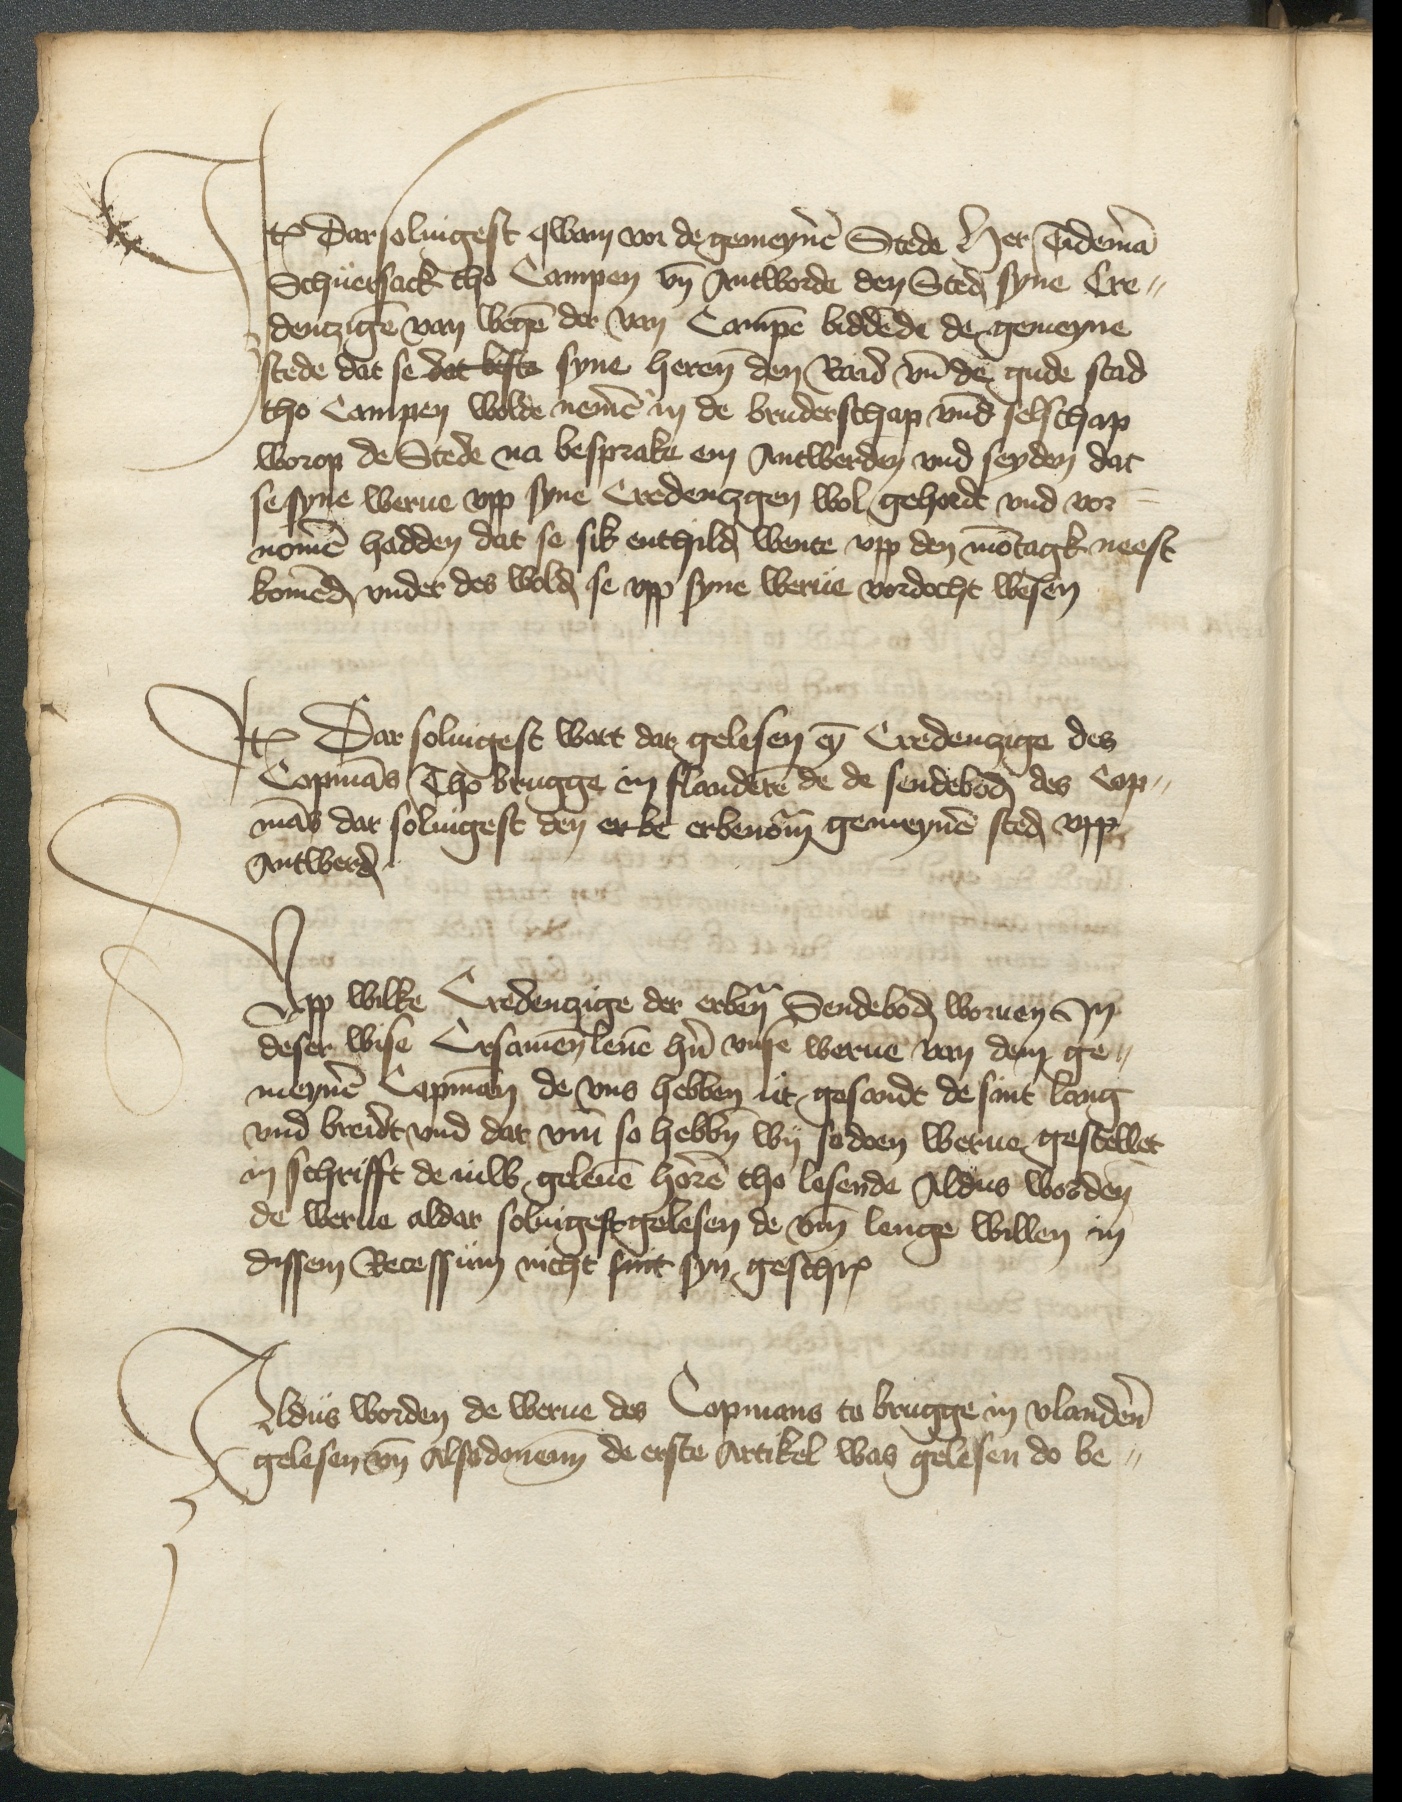
Item Dar soluigest qwam vor de gemeynen Stede Her Tideman
Schuersack tho Campen vnde Antworde den Steden syne Cre¬
dentzinge van wegen der van Campen biddende de gemeyne
stede dat se dat beste syne heren den Raid vnde de gude stad
tho Campen wolde nemen in de bruderschap vnde selschap
worop de Stede na besprake em Antwerden vnd seyden dat
se syne werue vpp syne Credentzgen wol gehordt vnd vor¬
nomen hadden dat se sik enthilden wente vpp den montagk neest
komenden vnder des wolden se vpp syne werue vordocht wesen

Item Dar soluigest wart dar gelesen eyn Credentzige des
Copmans Tho Brugge en Flanderen de de sendeboden des Cop¬
mans dar soluigest den erbe erbenomden gemeynen steden vpp
Antwerden

Vpp wilke Credentzige der erbenomde Sendeboden woruen Jn
deser wise Ersamen leuen hern vnse werue van dem ge¬
meynen Copmann de vns hebben ut gesandt de sant lang
vnd breidt vnd dar vmme so hebben wy sodoen werue gestellet
in schrifft de niw geleuen horen tho lesende Aldus worden
de werue aldar soluigest gelesen de vmme lenge willen in
dissen Recessum nicht sint syn geschreuen

Aldus worden de werue des Copmans to Brugge in Vlanderen
gelesen vnde Alsodonenn de erste Artikel was gelesen do be¬